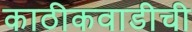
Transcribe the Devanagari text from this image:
काठीकवाडीची